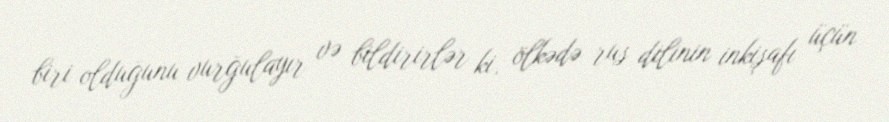
biri olduğunu vurğulayır və bildirirlər ki, ölkədə rus dilinin inkişafı üçün